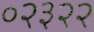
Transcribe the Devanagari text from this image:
०२३२२